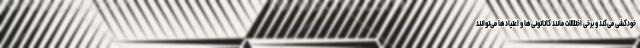
خودکشی می‌کند و برخی اختلالات مانند کاتاتونی‌ها و اعتیادها می‌توانند